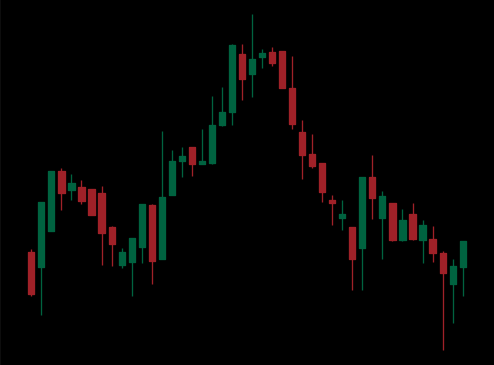
Pattern: head_shoulders